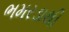
ભમરડાથી